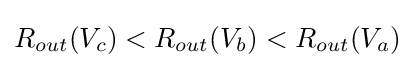
R_{out}(V_{c})<R_{out}(V_{b})<R_{out}(V_{a})